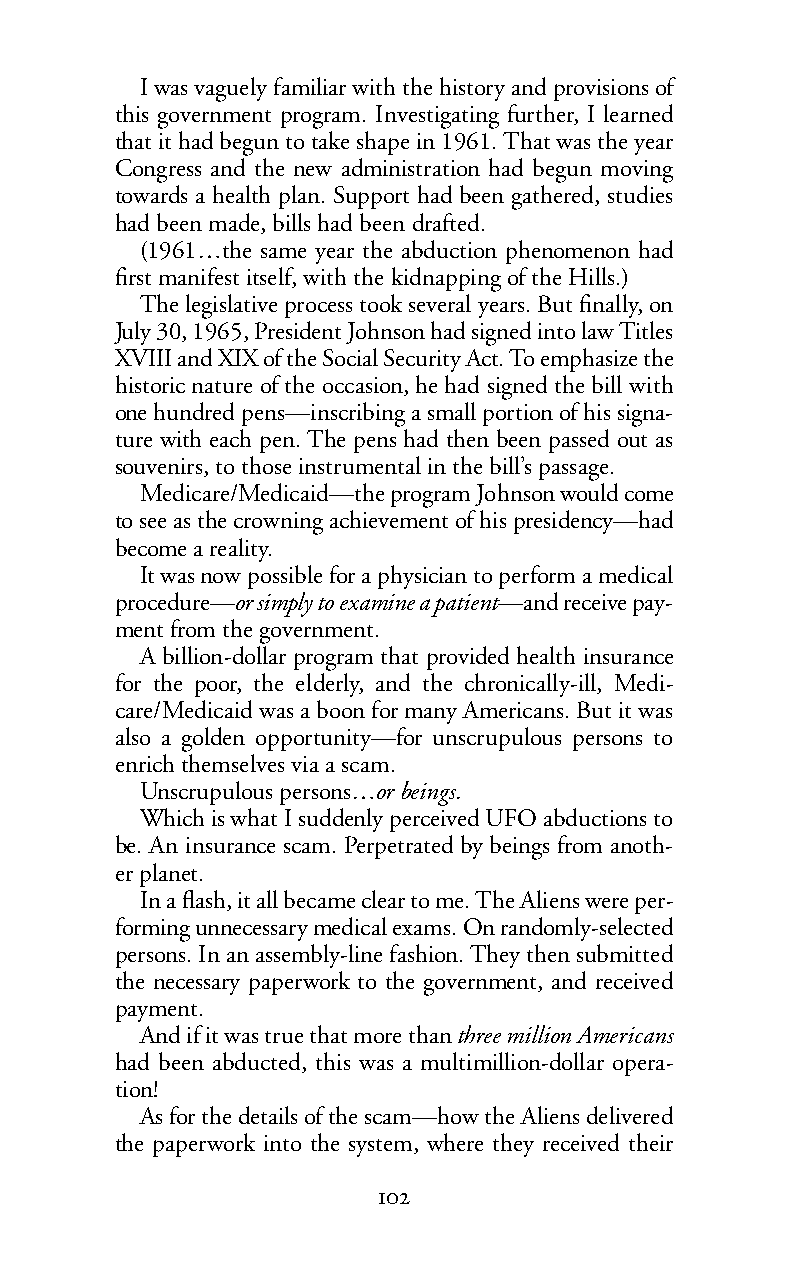
Iwas vaguely familiar with the history and provisions of
 this government program. Investigating further, I learned
 that it had begun to take shape in 1961. That was the year
 Congress and the new administration had begun moving
 towards a health plan. Support had been gathered, studies
 had been made, bills had been drafted.
 (1961…the same year the abduction phenomenon had
 first manifest itself, with the kidnapping of the Hills.)
 The legislative process took several years. But finally, on
 July 30, 1965, President Johnson had signed into law Titles
 XVIII and XIX of the Social Security Act. To emphasize the
 historic nature of the occasion, he had signed the bill with
 one hundred pens—inscribing a small portion of his signa-
 ture with each pen. The pens had then been passed out as
 souvenirs, to those instrumental in the bill’s passage.
 Medicare/Medicaid—the program Johnson would come
 to see as the crowning achievement of his presidency—had
 become a reality.
 It was now possible for a physician to perform a medical
 procedure—orsimply to examineapatient—andreceivepay-
 ment from the government.
 A billion-dollar program that provided health insurance
 for the poor, the elderly, and the chronically-ill, Medi-
 care/Medicaid was a boon for many Americans. But it was
 also a golden opportunity—for unscrupulous persons to
 enrich themselves via a scam.
 Unscrupulous persons…orbeings.
 Which is what I suddenly perceived UFO abductions to
 be. An insurance scam. Perpetrated by beings from anoth-
 er planet.
 In a flash, it all became clear to me. The Aliens were per-
 forming unnecessary medical exams. On randomly-selected
 persons. Inan assembly-line fashion. They then submitted
 the necessary paperwork to the government, and received
 payment.
 And if it was true that more thanthree million Americans
 had been abducted, this was a multimillion-dollar opera-
 tion!
 As for the details of the scam—how the Aliens delivered
 the paperwork into the system, where they received their
 